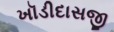
ખૉડીદાસજી